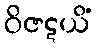
ဝိဇဋယိံ